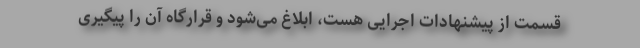
قسمت از پیشنهادات اجرایی هست، ابلاغ می‌شود و قرارگاه آن را پیگیری